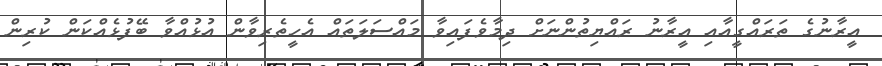
އީރާނުގެ ތަރައްގީއާއި އީރާނު ރައްޔިތުންނަށް ދިމާވެފައިވާ މައްސަލަތައް އެހީތެރިވާން އުޅުއްވާ ބޭފުޅެއްކަން ކުރިން